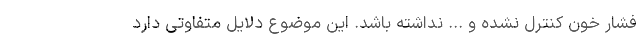
فشار خون کنترل نشده و ... نداشته باشد. این موضوع دلایل متفاوتی دارد